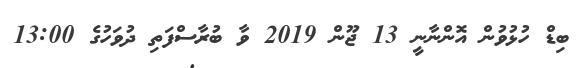
ބިޑް ހުޅުވުން އޮންނާނީ 13 ޖޫން 2019 ވާ ބުރާސްފަތި ދުވަހުގެ 13:00